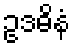
ဥဒဓိနံ